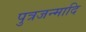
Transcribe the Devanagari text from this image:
पुत्रजन्मादि